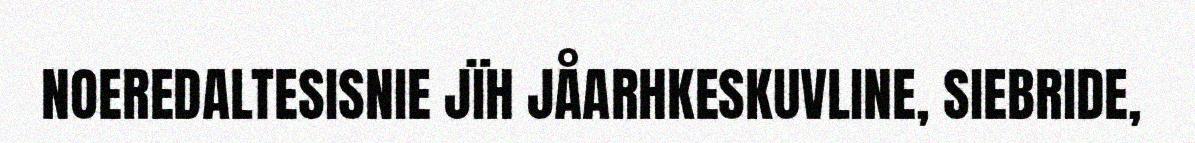
NOEREDALTESISNIE JÏH JÅARHKESKUVLINE, SIEBRIDE,